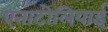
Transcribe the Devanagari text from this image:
एनाटोलियाई